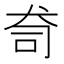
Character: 𭷿